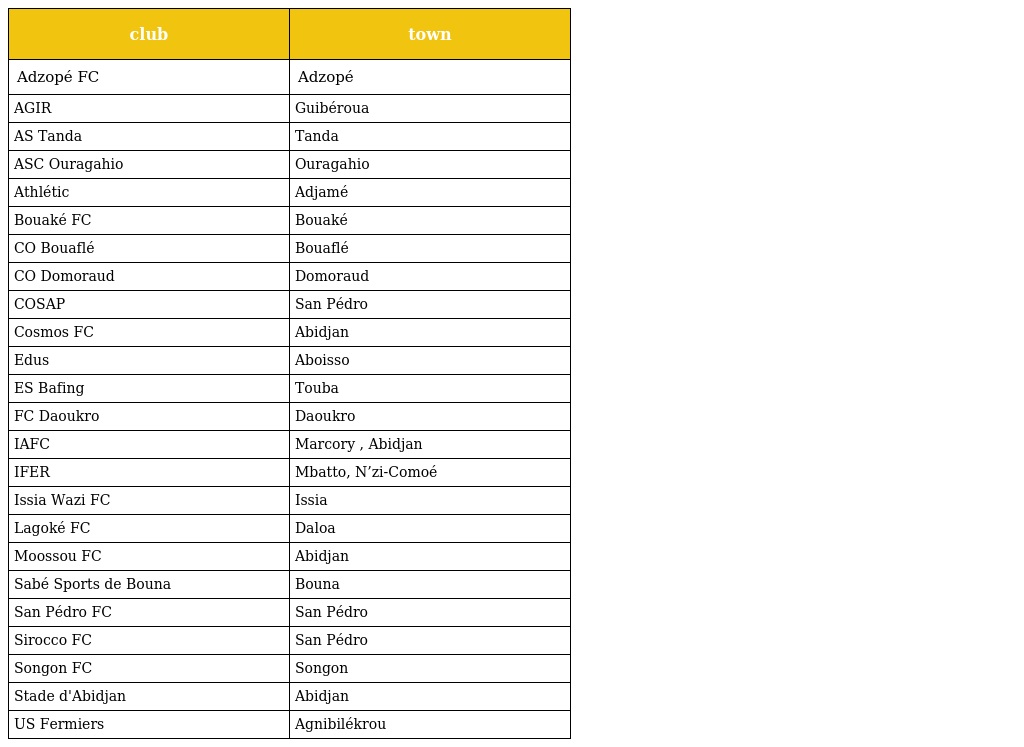
| club | town |
 | --- | --- |
 | Adzopé FC | Adzopé |
 | AGIR | Guibéroua |
 | AS Tanda | Tanda |
 | ASC Ouragahio | Ouragahio |
 | Athlétic | Adjamé |
 | Bouaké FC | Bouaké |
 | CO Bouaflé | Bouaflé |
 | CO Domoraud | Domoraud |
 | COSAP | San Pédro |
 | Cosmos FC | Abidjan |
 | Edus | Aboisso |
 | ES Bafing | Touba |
 | FC Daoukro | Daoukro |
 | IAFC | Marcory , Abidjan |
 | IFER | Mbatto, N’zi-Comoé |
 | Issia Wazi FC | Issia |
 | Lagoké FC | Daloa |
 | Moossou FC | Abidjan |
 | Sabé Sports de Bouna | Bouna |
 | San Pédro FC | San Pédro |
 | Sirocco FC | San Pédro |
 | Songon FC | Songon |
 | Stade d'Abidjan | Abidjan |
 | US Fermiers | Agnibilékrou |